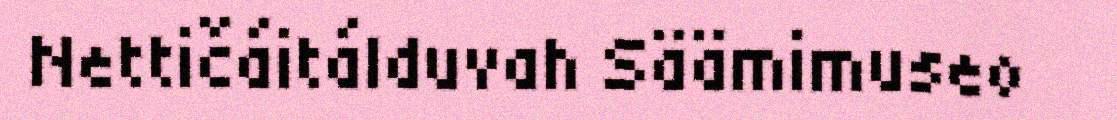
Nettičáitálduvah Säämimuseo